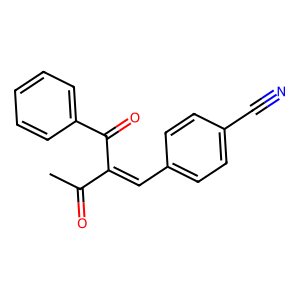
SMILES: CC(=O)C(=Cc1ccc(C#N)cc1)C(=O)c1ccccc1
Inhibits HIV replication: No